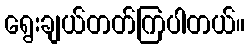
ရွေးချယ်တတ်ကြပါတယ်။